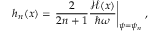
h _ { n } ( { x } ) = \left. \frac { 2 } { 2 n + 1 } \frac { \mathcal { H } ( { x } ) } { \hbar \omega } \right| _ { \psi = \psi _ { n } } ,